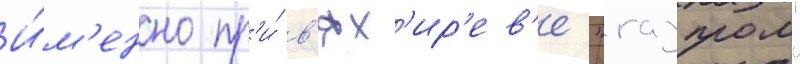
И́м'енно пр'и́ в'ях'ир'ев'е "газпром"